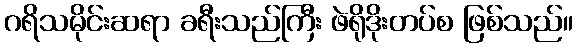
ဂရိသမိုင်းဆရာ ခရီးသည်ကြီး ဖဲရိုဒိုးတပ်စ ဖြစ်သည်။